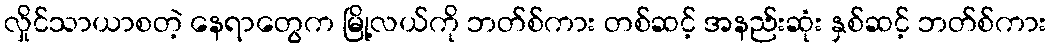
လှိုင်သာယာစတဲ့ နေရာတွေက မြို့လယ်ကို ဘတ်စ်ကား တစ်ဆင့် အနည်းဆုံး နှစ်ဆင့် ဘတ်စ်ကား